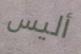
أليس